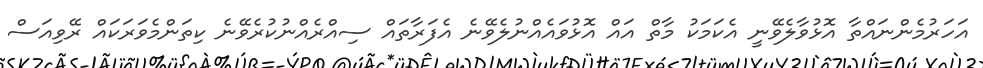
އަހަރުމެންނައްތާ އޮޅުވާލެވޭނީ އެކަމަކު މާތް އައް އޮޅުވައެއްނުލެވޭނެ އެފަރާތައް ސިއްރެއްނުކުރެވޭނެ ކިތަންމެވަރަކައް ރޭވިއަސް